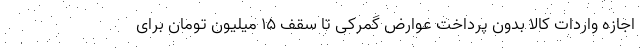
اجازه واردات کالا بدون پرداخت عوارض گمرکی تا سقف ۱۵ میلیون تومان برای